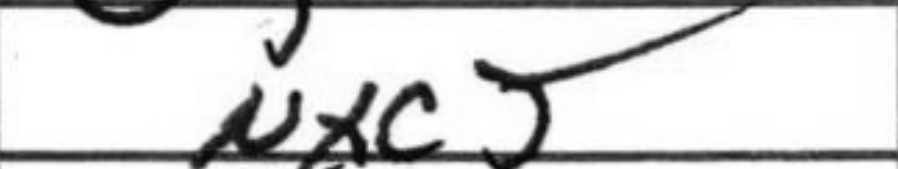
Transcription: Nxc5